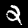
Label: 2